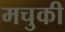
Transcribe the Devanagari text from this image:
मचुकी